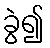
ခွဲ၍